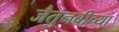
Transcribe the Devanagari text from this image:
जैतुनबीच्या